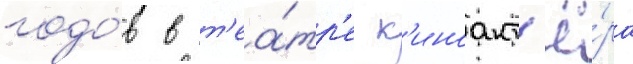
годо́в в т'еа́тр'е к'иноакт'ё́ра